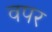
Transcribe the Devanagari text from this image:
वपर